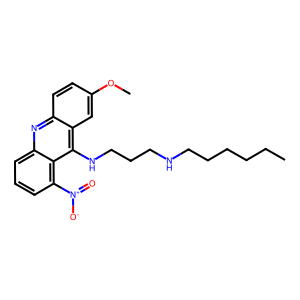
SMILES: CCCCCCNCCCNc1c2cc(OC)ccc2nc2cccc([N+](=O)[O-])c12
Inhibits HIV replication: No